Annual administration report of the Civil Veterinary Department of India - 1895-1896
Year: 1895
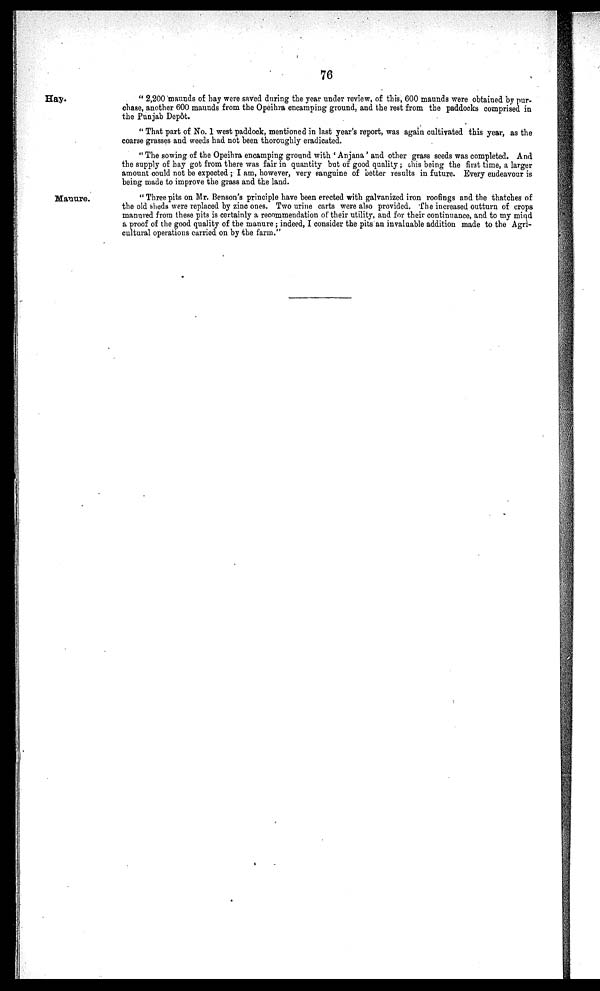
76
Hay.
"2,200 maunds of hay were saved during the year under review, of this, 600 maunds were obtained by pur-
chase, another 600 maunds from the Opeihra encamping ground, and the rest from the paddocks comprised in
the Punjab Depôt.
"That part of No. 1 west paddock, mentioned in last year's report, was again cultivated this year, as the
coarse grasses and weeds had not been thoroughly eradicated.
"The sowing of the Opeihra encamping ground with 'Anjana' and other grass seeds was completed. And
the supply of hay got from there was fair in quantity but of good quality; this being the first time, a larger
amount could not be expected; I am, however, very sanguine of better results in future. Every endeavour is
being made to improve the grass and the land.
Manure.
"Three pits on Mr. Benson's principle have been erected with galvanized iron roofings and the thatches of
the old sheds were replaced by zinc ones. Two urine carts were also provided. The increased outturn of crops
manured from these pits is certainly a recommendation of their utility, and for their continuance, and to my mind
a proof of the good quality of the manure; indeed, I consider the pits an invaluable addition made to the Agri-
cultural operations carried on by the farm."